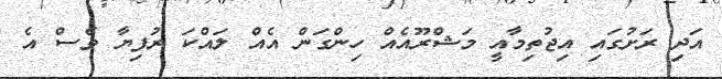
އަދި ރަށުގައި އިޖުތިމާއީ މަޝްރޫއެއް ހިންގަން އެއް ލައްކަ ރުފިޔާ ވެސް އެ